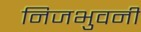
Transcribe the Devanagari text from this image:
निजभुवनीं